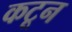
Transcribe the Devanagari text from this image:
कटून